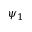
\psi _ { 1 }